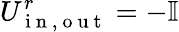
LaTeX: U_{\mathrm{~i~n~,~o~u~t~}}^{r}=-\mathbb{I}